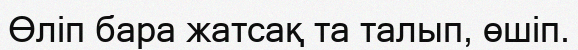
Өліп бара жатсақ та талып, өшіп.